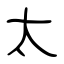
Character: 太